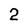
Character: 2